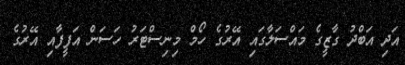
އަދި އަބްދު ގާޒީގެ މައްސަލާގައި އޭރުގެ ހޯމް މިނިސްޓަރު ހަސަން އަފީފާއި އޭރުގެ